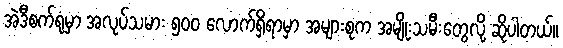
အဲဒီစက်ရုံမှာ အလုပ်သမား ၅၀၀ လောက်ရှိရာမှာ အများစုက အမျိုးသမီးတွေလို့ ဆိုပါတယ်။